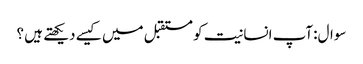
سوال:آپ انسانیت کو مستقبل میں کیسے دیکھتے ہیں ؟